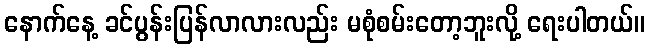
နောက်နေ့ ခင်ပွန်းပြန်လာလားလည်း မစုံစမ်းတော့ဘူးလို့ ရေးပါတယ်။